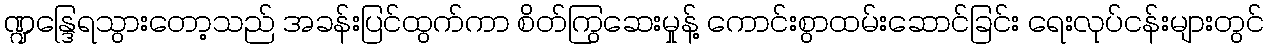
ဏ္ဍန္ဒြေရသွားတော့သည် အခန်းပြင်ထွက်ကာ စိတ်ကြွဆေးမှုန့် ကောင်းစွာထမ်းဆောင်ခြင်း ရေးလုပ်ငန်းများတွင်